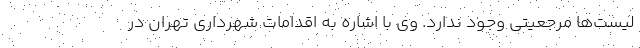
لیست‌ها مرجعیتی وجود ندارد. وی با اشاره به اقدامات شهرداری تهران در